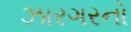
ઝારગરનો